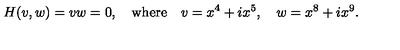
H ( v , w ) = v w = 0 , \quad \mathrm { w h e r e } \quad v = x ^ { 4 } + i x ^ { 5 } , \quad w = x ^ { 8 } + i x ^ { 9 } .